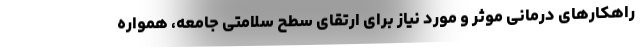
راهکارهای درمانی موثر و مورد نیاز برای ارتقای سطح سلامتی جامعه، همواره